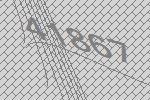
41867